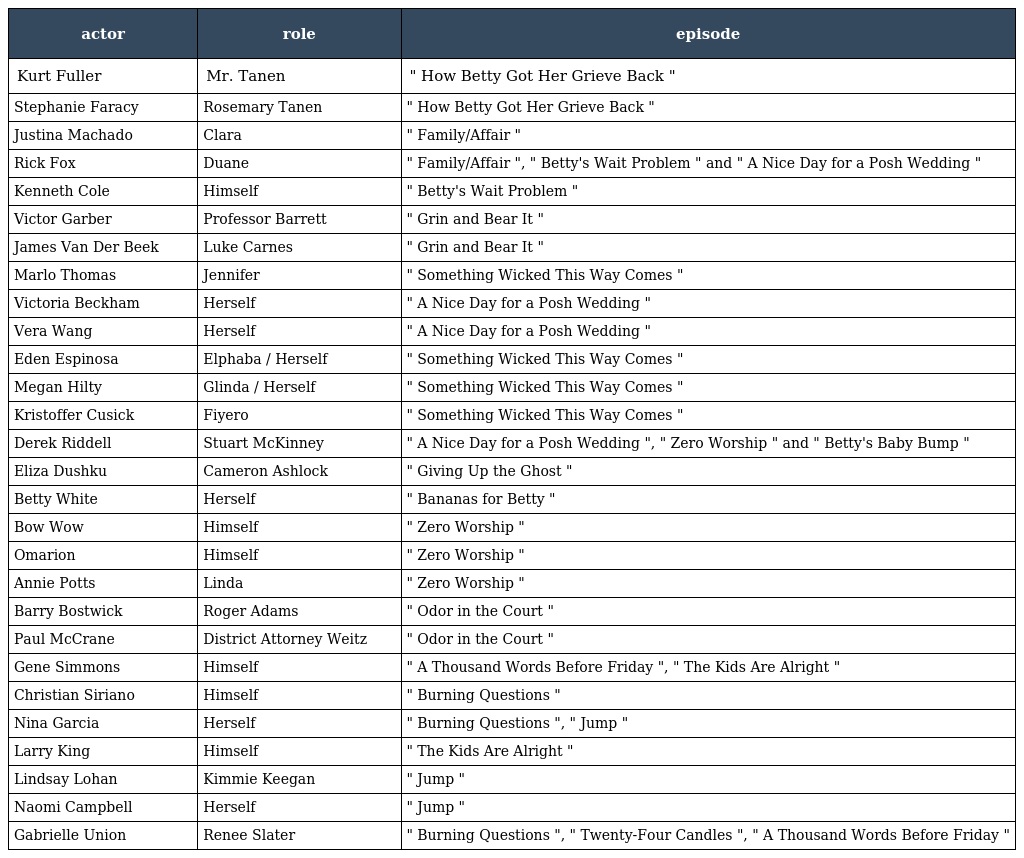
| actor | role | episode |
 | --- | --- | --- |
 | Kurt Fuller | Mr. Tanen | " How Betty Got Her Grieve Back " |
 | Stephanie Faracy | Rosemary Tanen | " How Betty Got Her Grieve Back " |
 | Justina Machado | Clara | " Family/Affair " |
 | Rick Fox | Duane | " Family/Affair ", " Betty's Wait Problem " and " A Nice Day for a Posh Wedding " |
 | Kenneth Cole | Himself | " Betty's Wait Problem " |
 | Victor Garber | Professor Barrett | " Grin and Bear It " |
 | James Van Der Beek | Luke Carnes | " Grin and Bear It " |
 | Marlo Thomas | Jennifer | " Something Wicked This Way Comes " |
 | Victoria Beckham | Herself | " A Nice Day for a Posh Wedding " |
 | Vera Wang | Herself | " A Nice Day for a Posh Wedding " |
 | Eden Espinosa | Elphaba / Herself | " Something Wicked This Way Comes " |
 | Megan Hilty | Glinda / Herself | " Something Wicked This Way Comes " |
 | Kristoffer Cusick | Fiyero | " Something Wicked This Way Comes " |
 | Derek Riddell | Stuart McKinney | " A Nice Day for a Posh Wedding ", " Zero Worship " and " Betty's Baby Bump " |
 | Eliza Dushku | Cameron Ashlock | " Giving Up the Ghost " |
 | Betty White | Herself | " Bananas for Betty " |
 | Bow Wow | Himself | " Zero Worship " |
 | Omarion | Himself | " Zero Worship " |
 | Annie Potts | Linda | " Zero Worship " |
 | Barry Bostwick | Roger Adams | " Odor in the Court " |
 | Paul McCrane | District Attorney Weitz | " Odor in the Court " |
 | Gene Simmons | Himself | " A Thousand Words Before Friday ", " The Kids Are Alright " |
 | Christian Siriano | Himself | " Burning Questions " |
 | Nina Garcia | Herself | " Burning Questions ", " Jump " |
 | Larry King | Himself | " The Kids Are Alright " |
 | Lindsay Lohan | Kimmie Keegan | " Jump " |
 | Naomi Campbell | Herself | " Jump " |
 | Gabrielle Union | Renee Slater | " Burning Questions ", " Twenty-Four Candles ", " A Thousand Words Before Friday " |